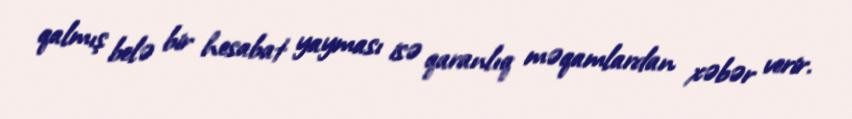
qalmış belə bir hesabat yayması isə qaranlıq məqamlardan xəbər verir.